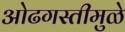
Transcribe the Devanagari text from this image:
ओढगस्तीमुळे